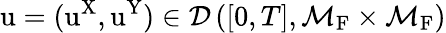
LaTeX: \mathrm{u}=(\mathrm{u}^{\mathrm{X}},\mathrm{u}^{\mathrm{Y}})\in\mathcal{D}\left([0,T],\mathcal{M}_{\mathrm{F}}\times\mathcal{M}_{\mathrm{F}}\right)